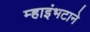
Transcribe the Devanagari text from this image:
म्हाइंभटाने